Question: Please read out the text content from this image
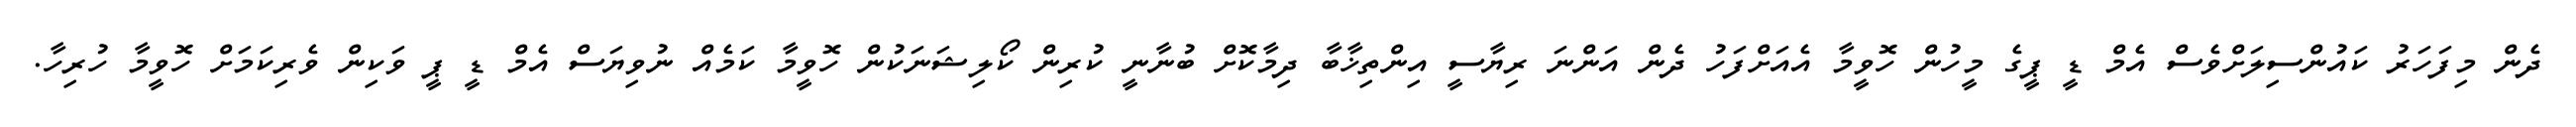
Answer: ދެން މިފަހަރު ކައުންސިލަށްވެސް އެމް ޑީ ޕީގެ މީހުން ހޮވީމާ އެއަށްފަހު ދެން އަންނަ ރިޔާސީ އިންތިޚާބާ ދިމާކޮށް ބުނާނީ ކުރިން ކޯލިޝަނަކުން ހޮވީމާ ކަމެއް ނުވިޔަސް އެމް ޑީ ޕީ ވަކިން ވެރިކަމަށް ހޮވީމާ ހުރިހާ.